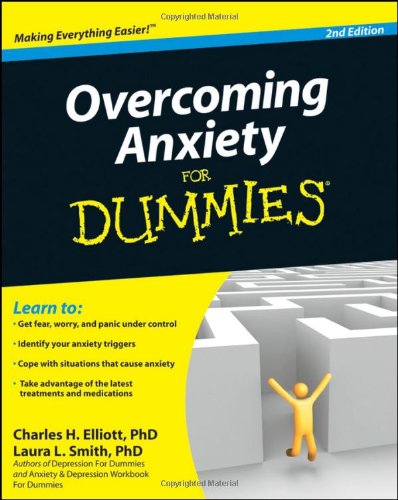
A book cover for Overcoming Anxiety For Dummies; Charles H. Elliott; Self-Help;